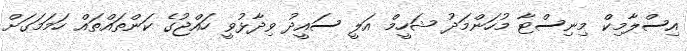
އިސްލާމިކް މިނިސްޓާ މުހަންމަދު ޝަހީމް އަލީ ސައީދު ވިދާޅުވީ ހައްޖުގެ ކަންތައްތައް ހަމަމަގަށް